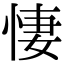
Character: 悽